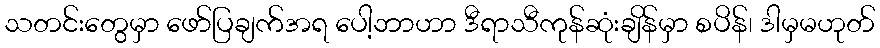
သတင်းတွေမှာ ဖော်ပြချက်အရ ပေါ့ဘာဟာ ဒီရာသီကုန်ဆုံးချိန်မှာ စပိန်၊ ဒါမှမဟုတ်